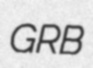
GRB